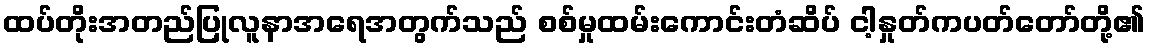
ထပ်တိုးအတည်ပြုလူနာအရေအတွက်သည် စစ်မှုထမ်းကောင်းတံဆိပ် ငါ့နှုတ်ကပတ်တော်တို့၏